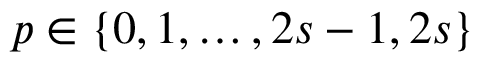
p \in \{ 0 , 1 , \ldots , 2 s - 1 , 2 s \}